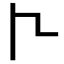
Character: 𠁢